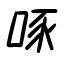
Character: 啄